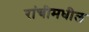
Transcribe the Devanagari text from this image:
रांचीमधील